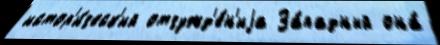
истор'и́ческ'ий отчужд'е́н'иjа За́падный она́